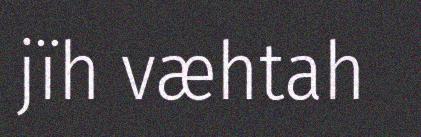
jïh væhtah